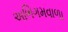
અભિગમવાળા